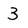
Character: 3